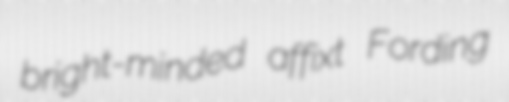
bright-minded affixt Fording